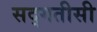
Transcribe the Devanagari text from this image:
सद्गतीसी